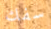
سفك